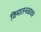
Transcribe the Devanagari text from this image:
विमातनळावर